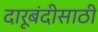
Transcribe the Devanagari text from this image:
दारूबंदीसाठी